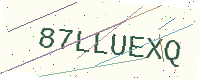
Text: 87LLUEXQ